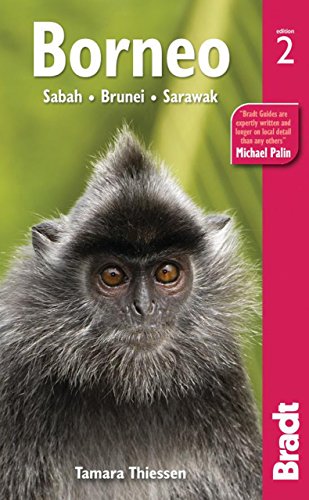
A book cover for Borneo: Sabah Sarawak Brunei (Bradt Travel Guide); Tamara Thiessen; Travel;